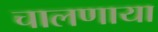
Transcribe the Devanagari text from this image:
चालणाया